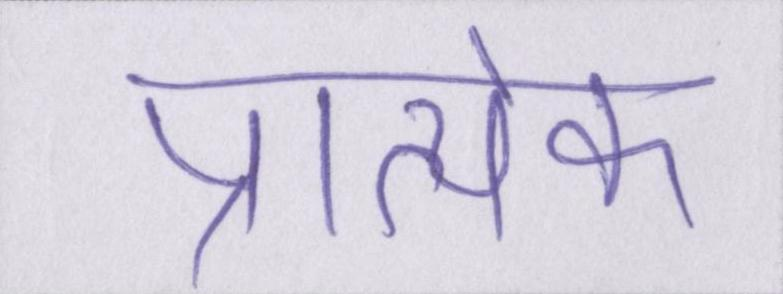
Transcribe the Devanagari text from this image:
प्रात्येक